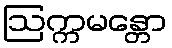
ဩက္ကမန္တော